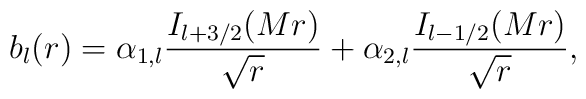
b_{l}(r)=\alpha_{1,l}{I_{l+3/2}(Mr)\over \sqrt{r}}+\alpha_{2,l}{I_{l-1/2}(Mr)\over \sqrt{r}},